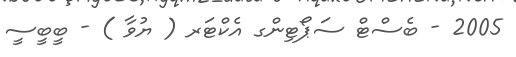
2005 - ބެސްޓް ސަޕޯޓިންގ އެކްޓަރ ( ޔުވާ ) - ބީބީސީ